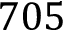
7 0 5